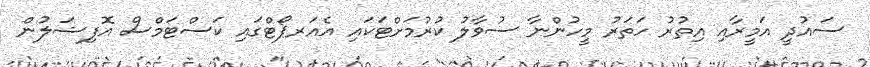
ސައުދީ އަމީރާއި އިތުރު ހަތަރު މީހުންނާ ސުވާލު ކުރުމަށްޓަކައި އެއަރޕޯޓްގައި ކަސްޓަމްސް އޮފިޝަލުން